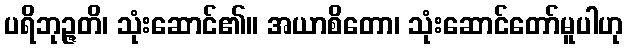
ပရိဘုဉ္ဇတိ၊ သုံးဆောင်၏။ အယာစိတော၊ သုံးဆောင်တော်မူပါဟု